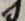
s